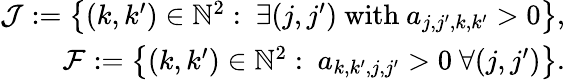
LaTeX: \begin{array}{r}{\mathcal{J}:=\left\lbrace(k,k^{\prime})\in{\mathbb N}^{2}:\ \exists(j,j^{\prime})\mathrm{~with~}a_{j,j^{\prime},k,k^{\prime}}>0\right\rbrace,}\\ {\mathcal{F}:=\left\lbrace(k,k^{\prime})\in{\mathbb N}^{2}:\ a_{k,k^{\prime},j,j^{\prime}}>0\ \forall(j,j^{\prime})\right\rbrace.}\end{array}